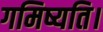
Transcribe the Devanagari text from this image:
गमिष्यति।